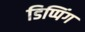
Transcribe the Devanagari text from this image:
डिप्पिंग